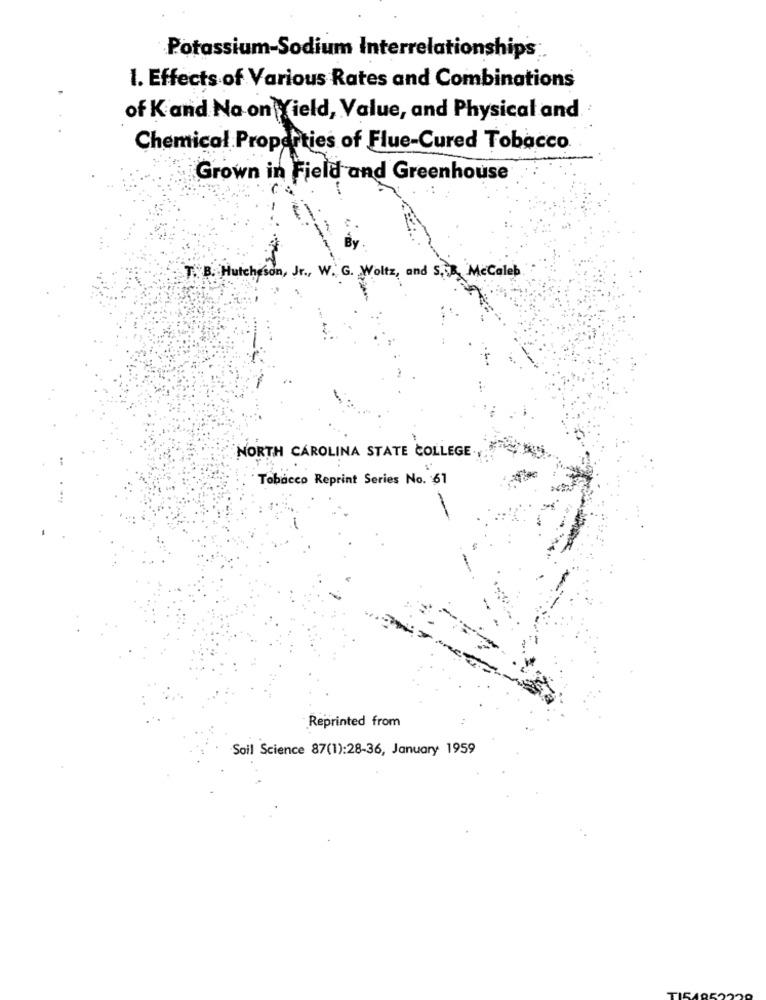
Potassium-Sodium Interrelationships
1. Effects of Various Rates and Combinations
of K and Na on Yield, Value, and Physical and
Chemical Properties of Flue-Cured Tobacco
Grown in Field and Greenhouse
T. B. Hutchison, Jr ., W. G. Woltz, and S. McCaleb
NORTH CAROLINA STATE COLLEGE
Tobacco Reprint Series No. 61
Reprinted from
Soil Science 87(1):28-36, January 1959